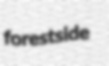
forestside